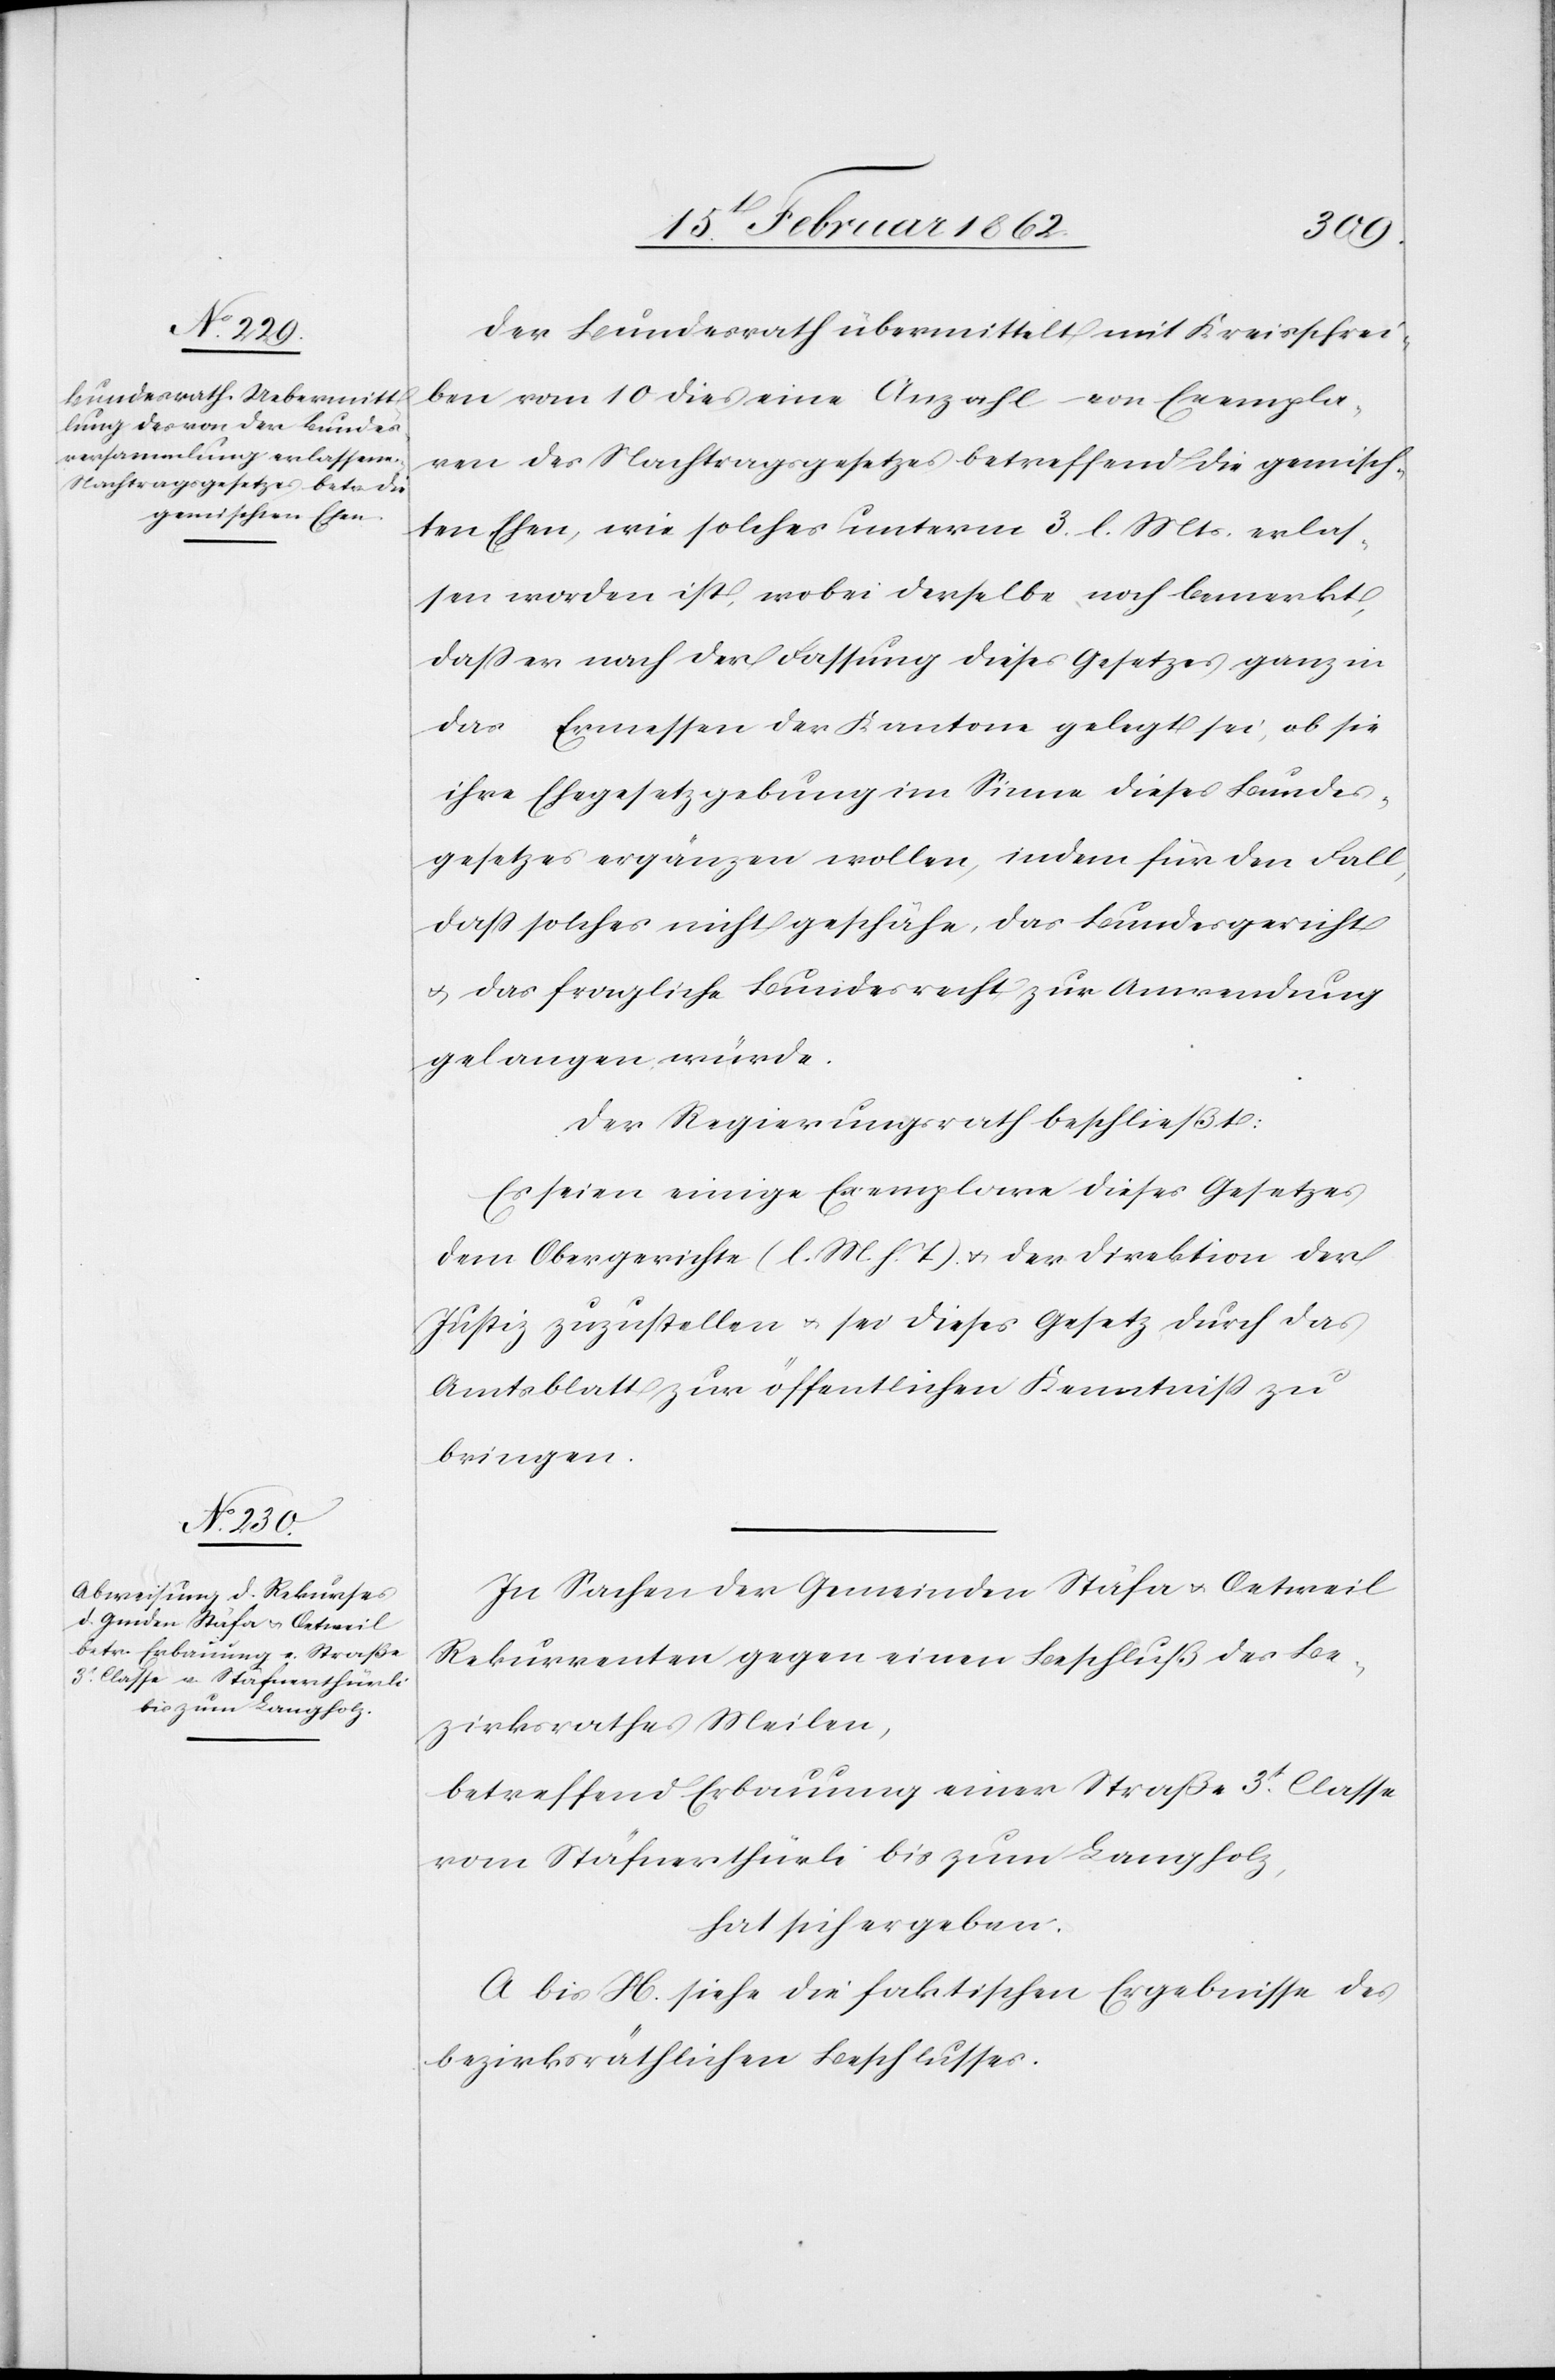
Der Bundesrath übermittelt mit Kreisschrei¬
ben vom 10 dies eine Anzahl von Exempla¬
ren des Nachtragsgesetzes betreffend die gemisch¬
ten Ehen, wie solches unterm 3. l. Mts. erlas¬
sen worden ist, wobei derselbe noch bemerkt,
daß es nach der Fassung dieses Gesetzes ganz in
das Ermessen der Kantone gelegt sei, ob sie
ihre Ehegesetzgebung im Sinne dieses Bundes¬
gesetzes ergänzen wollen, indem für den Fall,
daß solches nicht geschähe, das Bundesgericht
u. das fragliche Bundesrecht zur Anwendung
gelangen würde.
Der Regierungsrath beschließt:
Es seien einige Exemplare dieses Gesetzes
dem Obergerichte (l. M. h. T) u. der Direktion der
Justiz zuzustellen u. sei dieses Gesetz durch das
Amtsblatt zur öffentlichen Kenntniß zu
bringen.
In Sachen der Gemeinden Stäfa u. Oetweil
Rekurrenten gegen einen Beschluß des Be¬
zirksrathes Meilen,
betreffend Erbauung einer Straße 3t. Classe
vom Stäfnerthürli bis zum Langholz,
hat sich ergeben,
A bis H. siehe die faktischen Ergebnisse des
bezirksräthlichen Beschlusses.